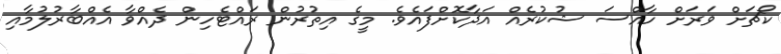
ކޯޗަށް ވަރަށް ހާއްސަ ޝުކުރެއް އަދާކޮށްފައެވެ. މީގެ އިތުރުން ރައްޓެހިން ދެއްވާ އެއްބާރުލުމާއި